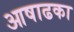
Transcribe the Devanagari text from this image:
आषाढका